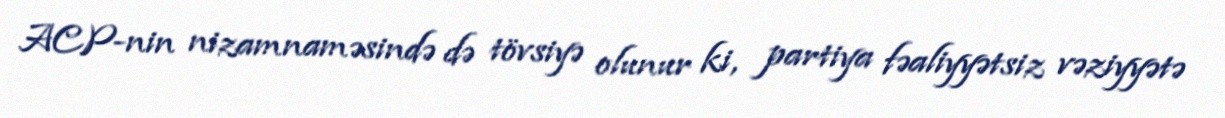
ACP-nin nizamnaməsində də tövsiyə olunur ki, partiya fəaliyyətsiz vəziyyətə